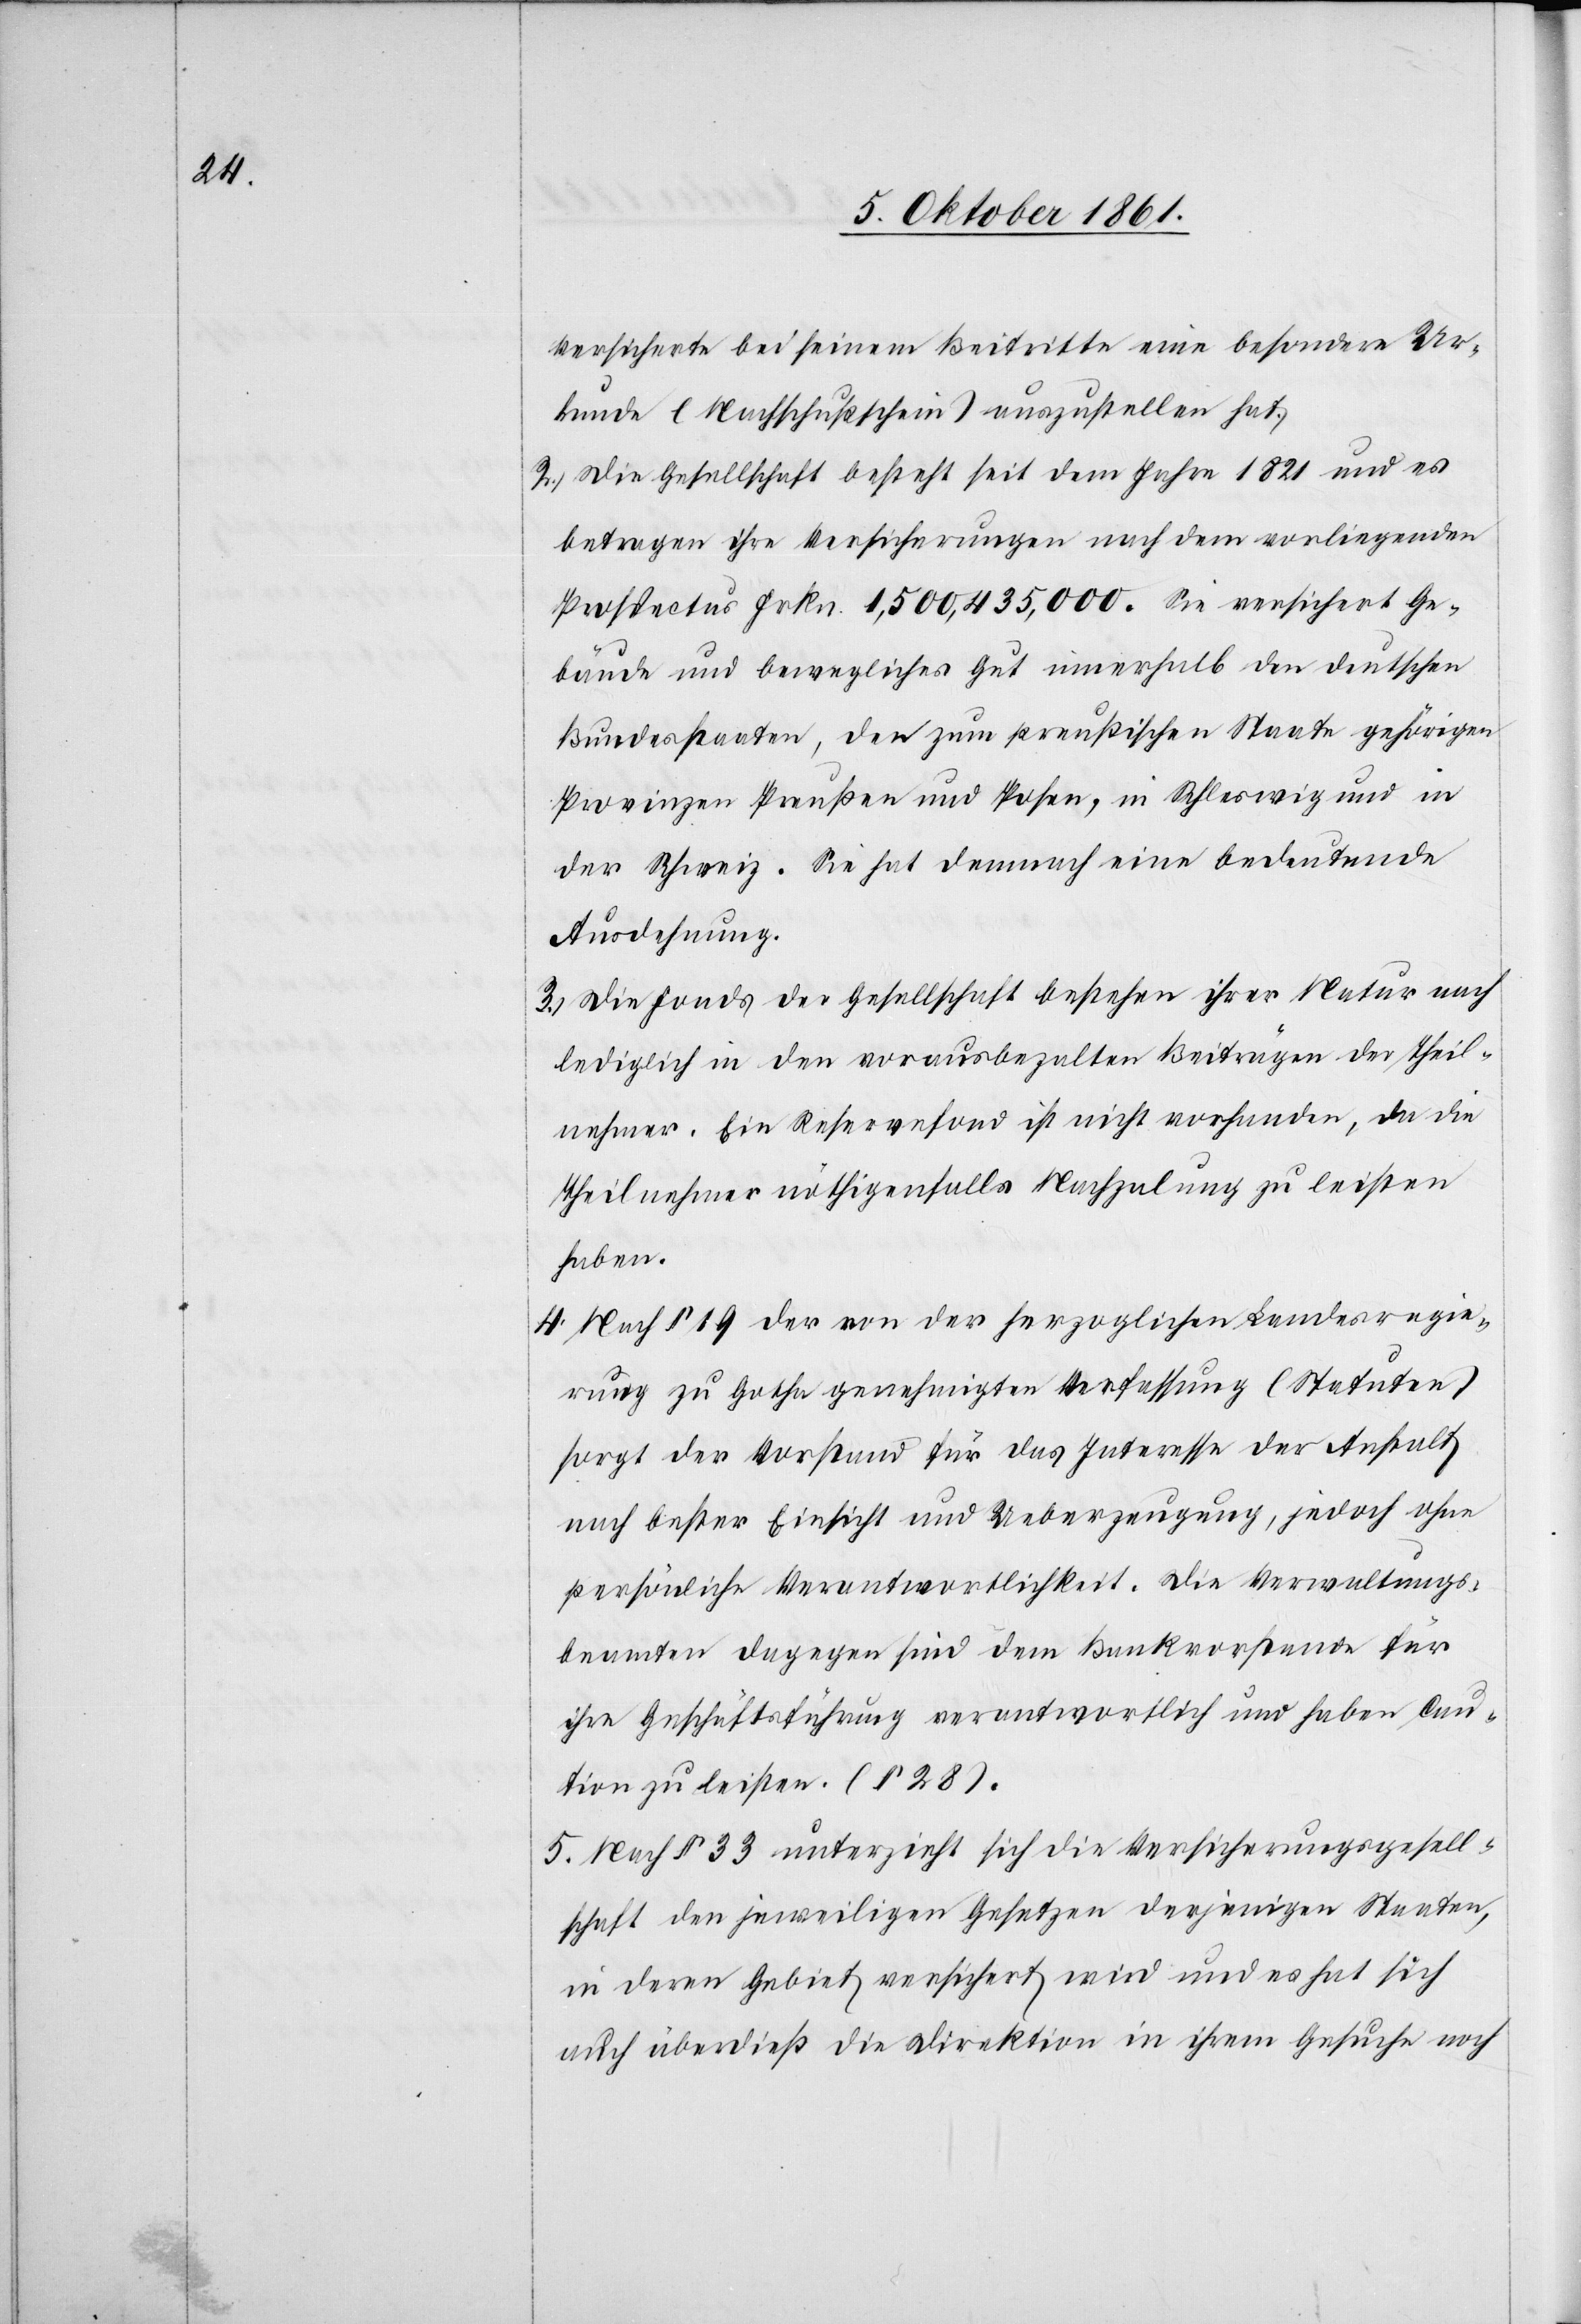
Versicherte bei seinem Beitritte eine besondere Ur¬
kunde (Nachschlußschein) auszustellen hat.
2. Die Gesellschaft besteht seit dem Jahre 1821 und es
betragen ihre Versicherungen nach dem vorliegenden
Prospectus Frkn. 1,500,435,000. Sie versichert Ge¬
bäude und bewegliches Gut innerhalb der deutschen
Bundesstaaten, den zum preußischen Staate gehörigen
Provinzen Preußen und Posen, in Schleswig und in
der Schweiz. Sie hat demnach eine bedeutende
Ausdehnung.
3. Die Fonds der Gesellschaft bestehen ihrer Natur nach
lediglich in den vorausbezalten Beiträgen der Theil¬
nehmer. Ein Reservefond ist nicht vorhanden, da die
Theilnehmer nöthigenfalls Nachzalung zu leisten
haben.
4. Nach § 19 der von der herzoglichen Landesregie¬
rung zu Gotha genehmigten Verfassung (Statuten)
sorgt der Vorstand für das Interesse der Anstalt
nach bester Einsicht und Ueberzeugung, jedoch ohne
persönliche Verantwortlichkeit. Die Verwaltungs¬
beamten dagegen sind dem Bankvorstand für
ihre Geschäftsführung verantwortlich und haben Cau¬
tion zu leisten. (§ 28)
5. Nach § 33 unterzieht sich die Versicherungsgesell¬
schaft den jeweiligen Gesetzen derjenigen Staaten,
in deren Gebiet versichert wird und es hat sich
auch überdieß die Direktion in ihrem Gesuche noch